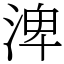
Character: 渒